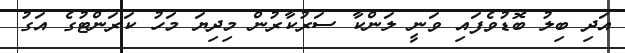
އަދި ބިލު ބޮޑުވެފައި ވަނީ ލަންކާ ސަރުކާރުން މިދިޔަ މަހު ކަރަންޓުގެ އަގު